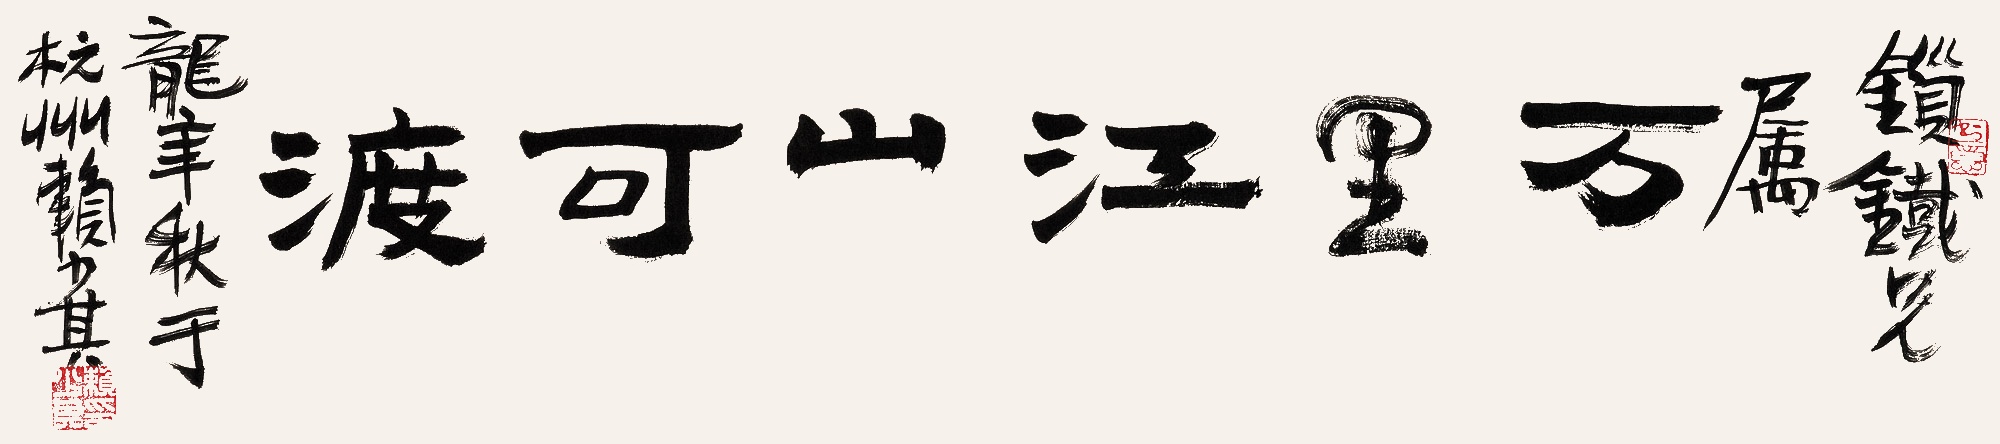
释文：万里江山可渡。锁铁兄属。龙年秋于杭州，赖少其。